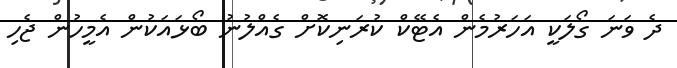
ދެ ވަނަ ގޯލަކީ އަހަރުމެން އެޓޭކް ކުރަނިކޮށް ގެއްލުނު ބޯޅައަކުން އެމީހުން ޖެހި